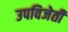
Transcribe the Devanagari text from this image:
उपविजेती